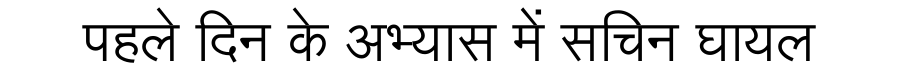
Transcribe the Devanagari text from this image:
पहले दिन के अभ्यास में सचिन घायल